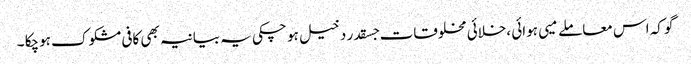
گو کہ اس معاملے میی ہوائی ،خلائی مخلوقات جسقدر دخیل ہو چکی یہ بیانیہ بھی کافی مشکوک ہوچکا ۔